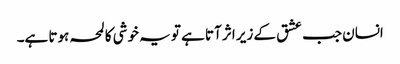
انسان جب عشق کے زیر اثر آتا ہے تو یہ خوشی کا لمحہ ہوتا ہے۔